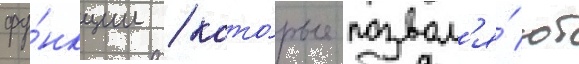
фу́нкции / кото́рые позвол'я́ют